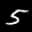
Label: 5